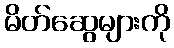
မိတ်ဆွေများကို